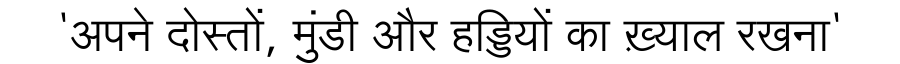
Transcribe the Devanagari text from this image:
'अपने दोस्तों, मुंडी और हड्डियों का ख़्याल रखना'